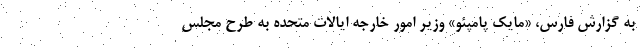
به گزارش فارس، «مایک پامپئو» وزیر امور خارجه ایالات متحده به طرح مجلس